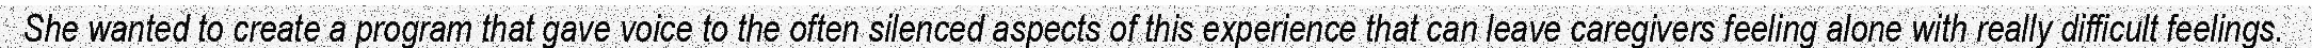
She wanted to create a program that gave voice to the often silenced aspects of this experience that can leave caregivers feeling alone with really difficult feelings.